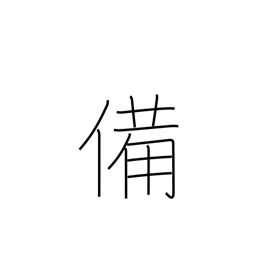
Meaning: preparation